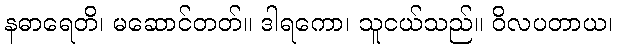
နဓာရေတိ၊ မဆောင်တတ်။ ဒါရကော၊ သူငယ်သည်။ ဝိလပတာယ၊